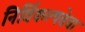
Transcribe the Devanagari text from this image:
निर्विकल्पतेचा